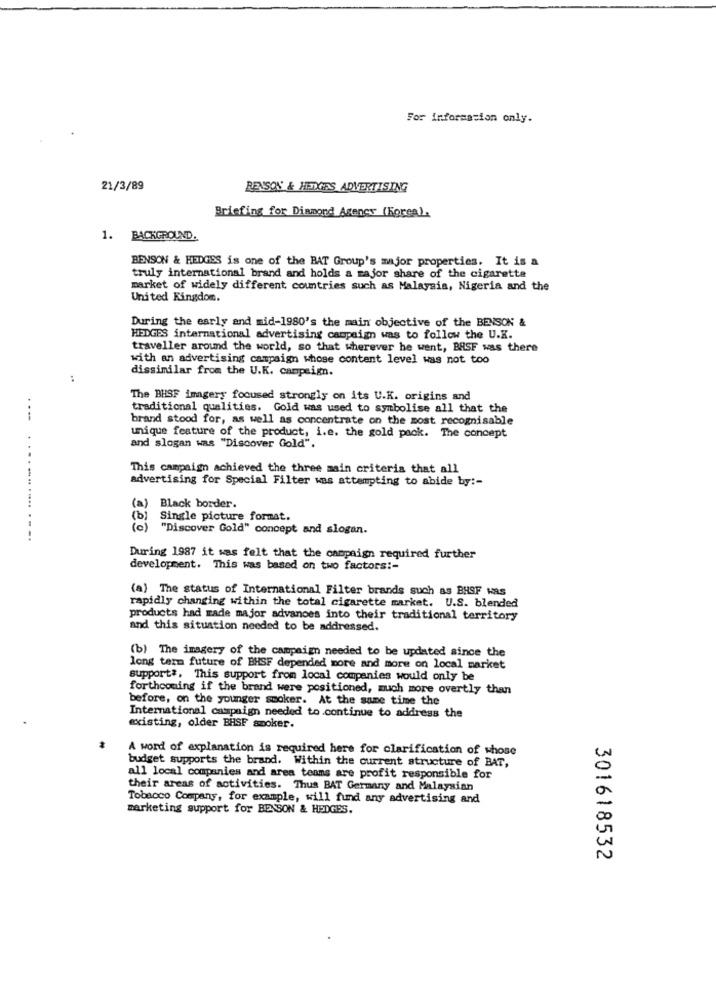
For information only.
21/3/89
REASON & HEDGES ADVERTISING
Briefing for Diamond Agency (Korea).
1. BACKGROUND.
BENSON & HEDGES is one of the BAT Group's major properties. It is a
truly international brand and holds a major share of the cigaretta
market of widely different countries such as Malaysia, Nigeria and the
United Kingdom.
During the early and mid-1980's the main objective of the BENSON &
HEDGES international advertising campaign was to follow the U.K.
traveller around the world, so that wherever he went, BASF was there
with an advertising campaign whose content level was not too
dissimilar from the U.K. campaign.
..
The BHSF imagery focused strongly on its U.K. origins and
traditional qualities. Gold was used to symbolise all that the
..-
brand stood for, as well as concentrate on the most recognisable
unique feature of the product, i.e. the gold pack. The concept
and slogan was "Discover Gold".
This campaign achieved the three main criteria that all
advertising for Special Filter was attempting to abide by :-
(a)
Black border.
(b)
Single picture format.
(c) "Discover Gold" concept and slogan.
....-. .... -- --
During 1987 it was felt that the campaign required further
development. This was based on two factors :-
(a) The status of International Filter brands such as BHSF was
rapidly changing within the total cigarette market. U.S. blended
products had made major advances into their traditional territory
and this situation needed to be addressed.
(b) The imagery of the campaign needed to be updated since the
long term future of BHSF depended more and more on local market
support ?. This support from local companies would only be
forthcoming if the brand were positioned, much more overtly than
before, on the younger smoker. At the same time the
International campaign needed to .continue to address the
existing, older BHSF smoker.
A word of explanation is required here for clarification of whose
budget supports the brand. Within the current structure of BAT,
all local companies and area teams are profit responsible for
their areas of activities. Thus BAT Germany and Malaysian
Tobacco Company, for example, will fund any advertising and
marketing support for BENSON & HEDGES.
301618532